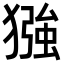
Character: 𪻈